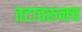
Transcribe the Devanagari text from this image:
तटावरुनच